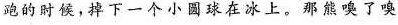
跑的时候，掉下一个小圆球在冰上。那熊嗅了嗅